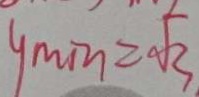
y _ { \min } = \sqrt { 3 }